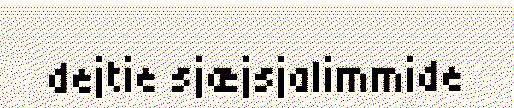
dejtie sjæjsjalimmide